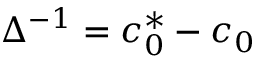
\Delta ^ { - 1 } = c _ { 0 } ^ { * } - c _ { 0 }